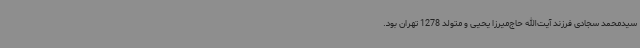
سیدمحمد سجادی فرزند آیت‌الله حاج‌میرزا یحیی و متولد 1278 تهران بود.